State Department UAP Cable 3, Tbilisi, Georgia, October 30, 2001
Agency: Department of State
Incident date: 10/28/2001-10/29/2001
Incident location: Georgia
Page 5
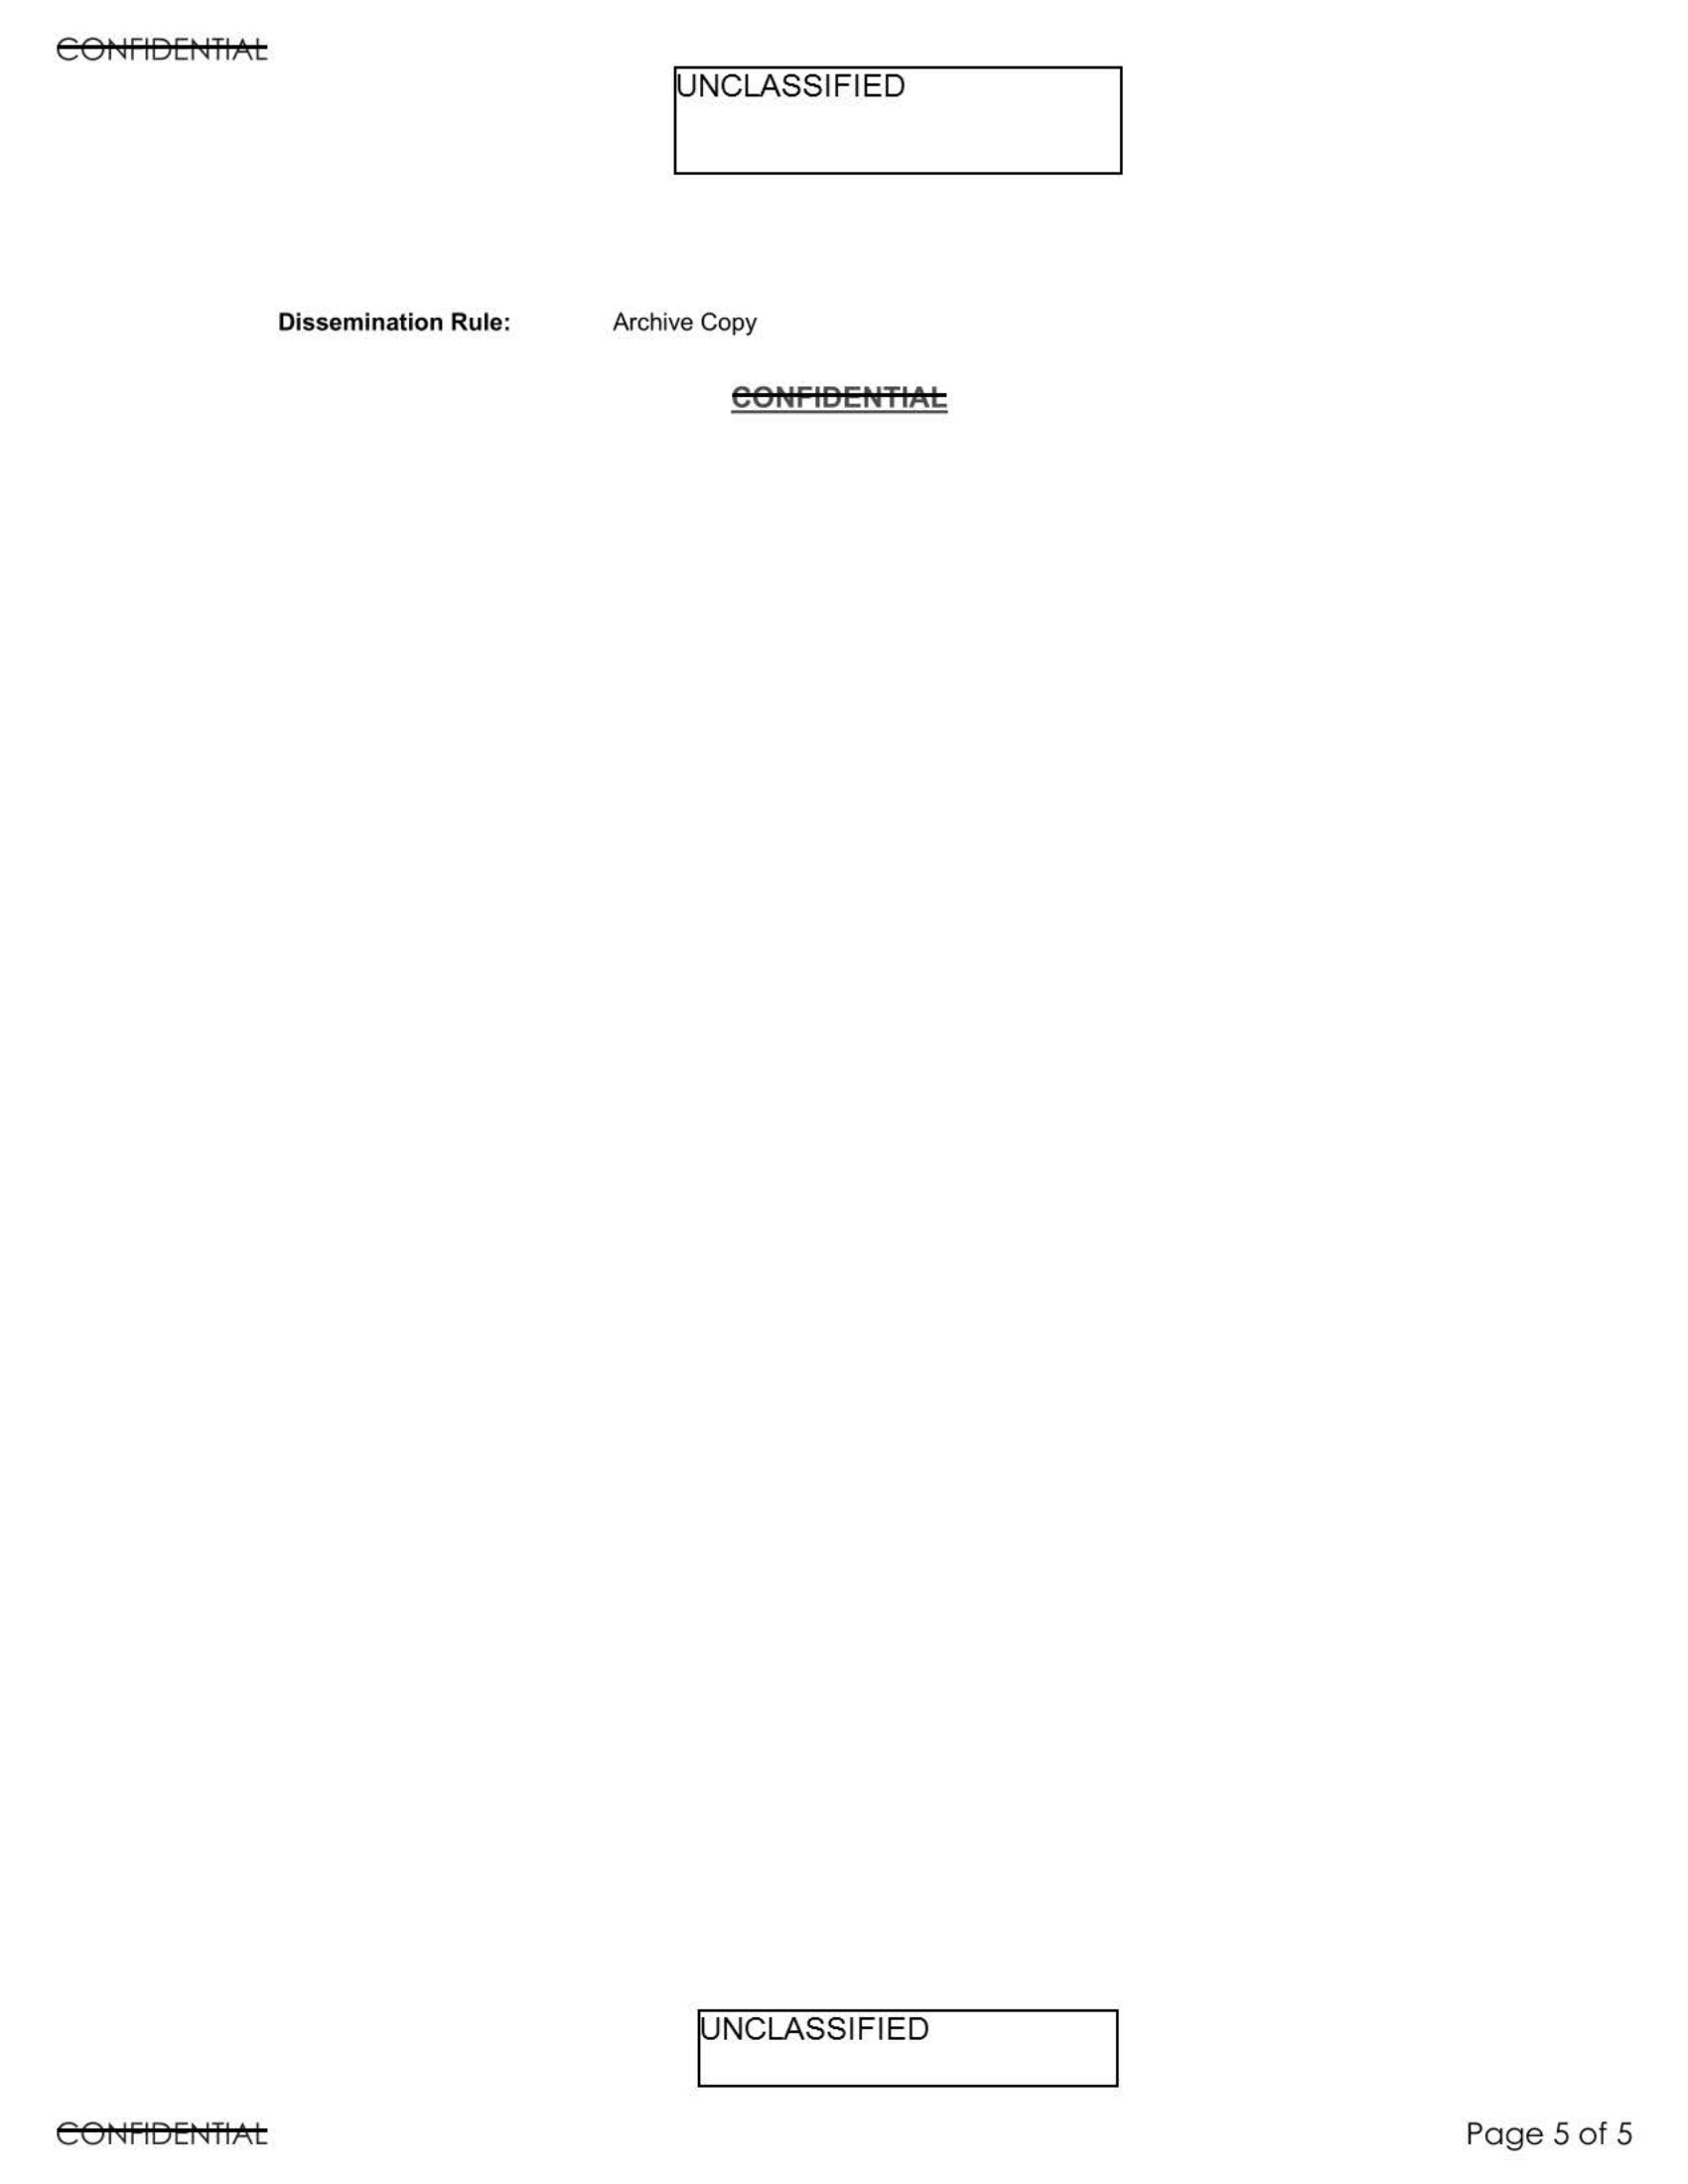